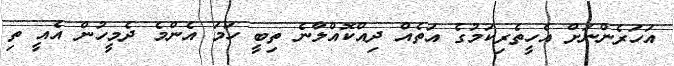
އަހަރެންނަށް އެހީތެރިކަމުގެ އަތެއް ދިއްކޮއްލާނެ ތިބީ ހަމަ އެންމެ ދެމީހުން އެއީ ތި